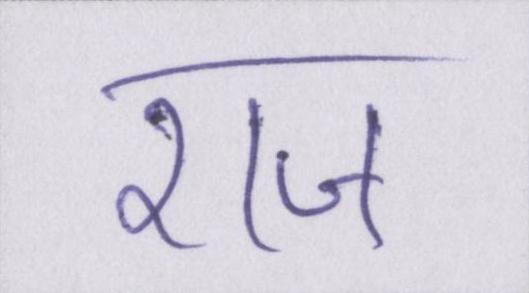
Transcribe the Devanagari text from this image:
राज